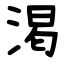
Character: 渇